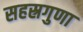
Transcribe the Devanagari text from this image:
सहस्रगुणा